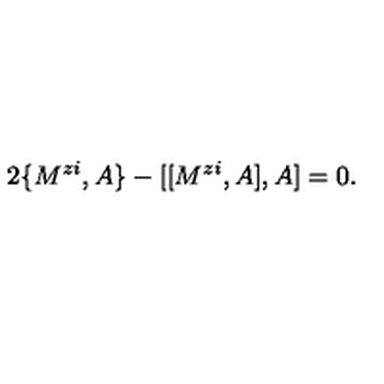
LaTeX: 2 \{ M ^ { z i } , A \} - [ [ M ^ { z i } , A ] , A ] = 0 .